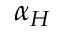
\alpha _ { H }